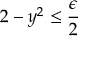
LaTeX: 2 - y ^ { 2 } \leq { \frac { \epsilon } { 2 } }